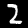
Label: 2